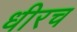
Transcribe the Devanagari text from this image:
धीरच